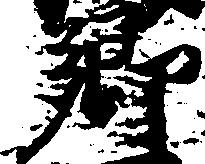
郷